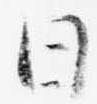
日